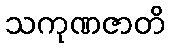
သကုဏဇာတိ